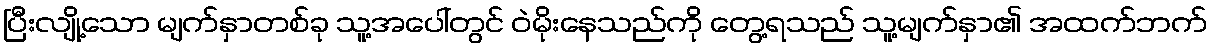
ပြီးလျို့သော မျက်နှာတစ်ခု သူ့အပေါ်တွင် ဝဲမိုးနေသည်ကို တွေ့ရသည် သူ့မျက်နှာ၏ အထက်ဘက်